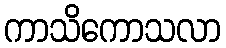
ကာသိကောသလာ